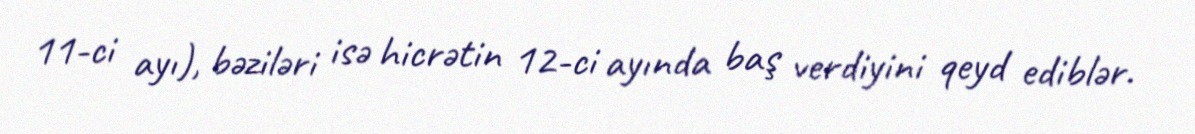
11-ci ayı), bəziləri isə hicrətin 12-ci ayında baş verdiyini qeyd ediblər.